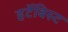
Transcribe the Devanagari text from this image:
हर्टेबिस्ट